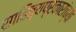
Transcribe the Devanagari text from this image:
साहित्यप्रकारांच्या